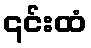
၎င်းထံ